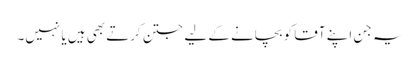
یہ جن اپنے آقا کو بچانے کے لیے جتن کرتے بھی ہیں یا نہیں۔